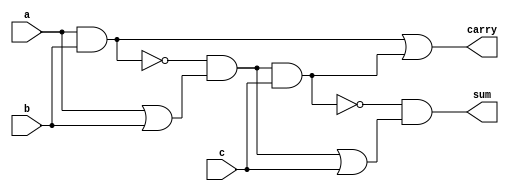
`timescale 1ns/1ns

module full_adder (a, b, c,carry,sum);
    input a;
    input b;
    input c;
    output sum;
    output carry;

    // Implement 9-gate Full Adder
    wire a_or_b, a_and_b, not_a_and_b, stage_1_op;
    wire cin_and_first, cin_or_first, not_cin_and_first;

    or (a_or_b, a, b);
    and (a_and_b, a, b);
    not (not_a_and_b, a_and_b);
    and (stage_1_op, not_a_and_b, a_or_b);

    or (cin_or_first, stage_1_op, c);
    and (cin_and_first, stage_1_op, c);
    not (not_cin_and_first, cin_and_first);
    and (sum, not_cin_and_first, cin_or_first);

    or (carry, a_and_b, cin_and_first);

endmodule

module half_adder (a, b, c, s);
    input a;
    input b;
    output s;
    output c; 

    wire a_and_b, a_or_b, not_a_and_b;

    or (a_or_b, a, b);
    and (a_and_b, a, b);
    not (not_a_and_b, a_and_b);
    and (s, not_a_and_b, a_or_b);

    and (c, a, b);

endmodule

module dadda_8(input [7:0]in1,input [7:0]in2, output [15:0]prod);

    wire [7:0] a0_p,a1_p,a2_p,a3_p,a4_p,a5_p,a6_p,a7_p;
    
    //stage 0 intermediate wires (6 rows)
    wire [14:0] s0_0;
    wire [12:0] s0_1;
    wire [10:0] s0_2;
    wire [8:0]  s0_3;
    wire [6:0]  s0_4;
    wire [5:0]  s0_5;

    //stage 1 intermediate wires (4 rows)
    wire [14:0] s1_0;
    wire [12:0] s1_1;
    wire [10:0] s1_2;
    wire [9:0] s1_3;

    //stage 2 intermediate wires (3 rows)
    wire [14:0] s2_0;
    wire [12:0] s2_1;
    wire [11:0] s2_2;
    //stage 3 intermediate wires (2 rows)
    wire [14:0] s3_0;
    wire [13:0] s3_1;

    //generate products
    assign a0_p= {in1[0]&in2[7],in1[0]&in2[6],in1[0]&in2[5],in1[0]&in2[4],in1[0]&in2[3],in1[0]&in2[2],in1[0]&in2[1],in1[0]&in2[0]};
    assign a1_p= {in1[1]&in2[7],in1[1]&in2[6],in1[1]&in2[5],in1[1]&in2[4],in1[1]&in2[3],in1[1]&in2[2],in1[1]&in2[1],in1[1]&in2[0]};
    assign a2_p= {in1[2]&in2[7],in1[2]&in2[6],in1[2]&in2[5],in1[2]&in2[4],in1[2]&in2[3],in1[2]&in2[2],in1[2]&in2[1],in1[2]&in2[0]};
    assign a3_p= {in1[3]&in2[7],in1[3]&in2[6],in1[3]&in2[5],in1[3]&in2[4],in1[3]&in2[3],in1[3]&in2[2],in1[3]&in2[1],in1[3]&in2[0]};
    assign a4_p= {in1[4]&in2[7],in1[4]&in2[6],in1[4]&in2[5],in1[4]&in2[4],in1[4]&in2[3],in1[4]&in2[2],in1[4]&in2[1],in1[4]&in2[0]};
    assign a5_p= {in1[5]&in2[7],in1[5]&in2[6],in1[5]&in2[5],in1[5]&in2[4],in1[5]&in2[3],in1[5]&in2[2],in1[5]&in2[1],in1[5]&in2[0]};
    assign a6_p= {in1[6]&in2[7],in1[6]&in2[6],in1[6]&in2[5],in1[6]&in2[4],in1[6]&in2[3],in1[6]&in2[2],in1[6]&in2[1],in1[6]&in2[0]};
    assign a7_p= {in1[7]&in2[7],in1[7]&in2[6],in1[7]&in2[5],in1[7]&in2[4],in1[7]&in2[3],in1[7]&in2[2],in1[7]&in2[1],in1[7]&in2[0]};
    
    //s0
    wire h00_c,h00_s, h01_c,h01_s, f00_c, f00_s, f01_c, f01_s, f02_c, f02_s;
    half_adder h00(.a(a0_p[6]),.b(a1_p[5]),.c(h00_c),.s(h00_s));
    half_adder h01(.a(a0_p[7]),.b(a1_p[6]),.c(h01_c),.s(h01_s));
    half_adder h02(.a(a4_p[4]),.b(a5_p[3]),.c(h02_c),.s(h02_s));

    full_adder f00(.a(a1_p[7]),.b(a2_p[6]),.c(a3_p[5]),.carry(f00_c),.sum(f00_s));
    full_adder f01(.a(a2_p[7]),.b(a3_p[6]),.c(a4_p[5]),.carry(f01_c),.sum(f01_s));
    full_adder f02(.a(a2_p[5]),.b(a3_p[4]),.c(a4_p[3]),.carry(f02_c),.sum(f02_s));

    assign s0_0= {a7_p[7],a6_p[7],a5_p[7],a4_p[7],a3_p[7],f01_s,f00_s,h01_s,h00_s,a0_p[5:0]};
    assign s0_1= {a7_p[6],a6_p[6],a5_p[6],f01_c,f00_c,h01_c,h00_c,a2_p[4],a1_p[4:0]};
    assign s0_2= {a7_p[5],a6_p[5],a4_p[6],a5_p[4],h02_s,f02_s,a3_p[3],a2_p[3:0]};
    assign s0_3= {a7_p[4],a5_p[5],h02_c,f02_c,a5_p[2],a4_p[2],a3_p[2:0]};
    assign s0_4= {a6_p[4:1],a5_p[1],a4_p[1:0]};
    assign s0_5= {a7_p[3:0],a6_p[0],a5_p[0]};

    //s1
    wire h10_c,h10_s,h11_c,h11_s,f10_c,f10_s,f11_c,f11_s,f12_c,f12_s,f13_c,f13_s,f14_c,f14_s,f15_c,f15_s,f16_c,f16_s;
    wire f17_c,f17_s,f18_c,f18_s,f19_c,f19_s,f1_10_c,f1_10_s,f1_11_c,f1_11_s;

    half_adder h10(.a(s0_0[4]),.b(s0_1[3]),.c(h10_c),.s(h10_s));
    half_adder h11(.a(s0_3[2]),.b(s0_4[1]),.c(h11_c),.s(h11_s));

    full_adder f10(.a(s0_0[5]),  .b(s0_1[4]), .c(s0_2[3]),.carry(f10_c),  .sum(f10_s));
    full_adder f11(.a(s0_0[6]),  .b(s0_1[5]), .c(s0_2[4]),.carry(f11_c),  .sum(f11_s));
    full_adder f12(.a(s0_0[7]),  .b(s0_1[6]), .c(s0_2[5]),.carry(f12_c),  .sum(f12_s));
    full_adder f13(.a(s0_0[8]),  .b(s0_1[7]), .c(s0_2[6]),.carry(f13_c),  .sum(f13_s));
    full_adder f14(.a(s0_0[9]),  .b(s0_1[8]), .c(s0_2[7]),.carry(f14_c),  .sum(f14_s));
    full_adder f15(.a(s0_0[10]), .b(s0_1[9]), .c(s0_2[8]),.carry(f15_c),  .sum(f15_s));
    full_adder f16(.a(s0_0[11]), .b(s0_1[10]),.c(s0_2[9]),.carry(f16_c),  .sum(f16_s));
    full_adder f17(.a(s0_3[3]),  .b(s0_4[2]), .c(s0_5[1]),.carry(f17_c),  .sum(f17_s));
    full_adder f18(.a(s0_3[4]),  .b(s0_4[3]), .c(s0_5[2]),.carry(f18_c),  .sum(f18_s));
    full_adder f19(.a(s0_3[5]),  .b(s0_4[4]), .c(s0_5[3]),.carry(f19_c),  .sum(f19_s));
    full_adder f1_10(.a(s0_3[6]),.b(s0_4[5]), .c(s0_5[4]),.carry(f1_10_c),.sum(f1_10_s));
    full_adder f1_11(.a(s0_3[7]),.b(s0_4[6]), .c(s0_5[5]),.carry(f1_11_c),.sum(f1_11_s));

    assign s1_0= {s0_0[14:12],f16_s,f15_s,f14_s,f13_s,f12_s,f11_s,f10_s,h10_s,s0_0[3:0]};
    assign s1_1= {s0_1[12],f16_c,f15_c,f14_c,f13_c,f12_c,f11_c,f10_c,h10_c,s0_2[2],s0_1[2:0]};
    assign s1_2= {s0_1[11],s0_3[8],f1_11_s,f1_10_s,f19_s,f18_s,f17_s,h11_s,s0_3[1],s0_2[1:0]};
    assign s1_3= {s0_2[10],f1_11_c,f1_10_c,f19_c,f18_c,f17_c,h11_c,s0_5[0],s0_4[0],s0_3[0]};
    
    //s2
    wire h20_c,h20_s,f20_c,f20_s,f21_c,f21_s,f22_c,f22_s,f23_c,f23_s,f24_c,f24_s,f25_c,f25_s,f26_c,f26_s;
    wire f27_c,f27_s,f28_c,f28_s;
    half_adder h20(.a(s1_0[3]),.b(s1_1[2]),.c(h20_c),.s(h20_s));

    full_adder f20(.a(s1_0[4]), .b(s1_1[3]), .c(s1_2[2]),.carry(f20_c),.sum(f20_s));
    full_adder f21(.a(s1_0[5]), .b(s1_1[4]), .c(s1_2[3]),.carry(f21_c),.sum(f21_s));
    full_adder f22(.a(s1_0[6]), .b(s1_1[5]), .c(s1_2[4]),.carry(f22_c),.sum(f22_s));
    full_adder f23(.a(s1_0[7]), .b(s1_1[6]), .c(s1_2[5]),.carry(f23_c),.sum(f23_s));
    full_adder f24(.a(s1_0[8]), .b(s1_1[7]), .c(s1_2[6]),.carry(f24_c),.sum(f24_s));
    full_adder f25(.a(s1_0[9]), .b(s1_1[8]), .c(s1_2[7]),.carry(f25_c),.sum(f25_s));
    full_adder f26(.a(s1_0[10]),.b(s1_1[9]), .c(s1_2[8]),.carry(f26_c),.sum(f26_s));
    full_adder f27(.a(s1_0[11]),.b(s1_1[10]),.c(s1_2[9]),.carry(f27_c),.sum(f27_s));
    full_adder f28(.a(s1_0[12]),.b(s1_1[11]),.c(s1_2[10]),.carry(f28_c),.sum(f28_s));

    assign s2_0={s1_0[14:13],f28_s,f27_s,f26_s,f25_s,f24_s,f23_s,f22_s,f21_s,f20_s,h20_s,s1_0[2:0]};
    assign s2_1={f28_c,f27_c,f26_c,f25_c,f24_c,f23_c,f22_c,f21_c,f20_c,h20_c,s1_2[1],s1_1[1:0]};
    assign s2_2={s1_1[12],s1_3[9:0],s1_2[0]};
    
    //s3
    wire h30_c,h30_s,f30_c,f30_s,f31_c,f31_s,f32_c,f32_s,f33_c,f33_s;
    wire f34_c,f34_s,f35_c,f35_s,f36_c,f36_s,f37_c,f37_s,f38_c,f38_s,f39_c,f39_s,f3_10_c,f3_10_s;
    half_adder h30(.a(s2_0[2]),.b(s2_1[1]),.c(h30_c),.s(h30_s));

    full_adder f30  (.a(s2_0[3]),  .b(s2_1[2]),  .c(s2_2[1]),.carry(f30_c),.sum(f30_s));
    full_adder f31  (.a(s2_0[4]),  .b(s2_1[3]),  .c(s2_2[2]),.carry(f31_c),.sum(f31_s));
    full_adder f32  (.a(s2_0[5]),  .b(s2_1[4]),  .c(s2_2[3]),.carry(f32_c),.sum(f32_s));
    full_adder f33  (.a(s2_0[6]),  .b(s2_1[5]),  .c(s2_2[4]),.carry(f33_c),.sum(f33_s));
    full_adder f34  (.a(s2_0[7]),  .b(s2_1[6]),  .c(s2_2[5]),.carry(f34_c),.sum(f34_s));
    full_adder f35  (.a(s2_0[8]),  .b(s2_1[7]),  .c(s2_2[6]),.carry(f35_c),.sum(f35_s));
    full_adder f36  (.a(s2_0[9]),  .b(s2_1[8]),  .c(s2_2[7]),.carry(f36_c),.sum(f36_s));
    full_adder f37  (.a(s2_0[10]), .b(s2_1[9]),  .c(s2_2[8]),.carry(f37_c),.sum(f37_s));
    full_adder f38  (.a(s2_0[11]), .b(s2_1[10]), .c(s2_2[9]),.carry(f38_c),.sum(f38_s));
    full_adder f39  (.a(s2_0[12]), .b(s2_1[11]), .c(s2_2[10]),.carry(f39_c),.sum(f39_s));
    full_adder f3_10(.a(s2_0[13]), .b(s2_1[12]), .c(s2_2[11]),.carry(f3_10_c),.sum(f3_10_s));
    
    assign s3_0={s2_0[14],f3_10_s,f39_s,f38_s,f37_s,f36_s,f35_s,f34_s,f33_s,f32_s,f31_s,f30_s,h30_s,s2_0[1:0]};
    assign s3_1={f3_10_c,f39_c,f38_c,f37_c,f36_c,f35_c,f34_c,f33_c,f32_c,f31_c,f30_c,h30_c,s2_2[0],s2_1[0]};

    //14 bit carry propogate adder
    
    wire rca_cin, cout_rca_1,cout_rca_2,cout_rca_3,cout_rca_4,cout_rca_5,cout_rca_6,cout_rca_7,cout_rca_8,cout_rca_9;
    wire cout_rca_10,cout_rca_11,cout_rca_12,cout_rca_13,sum_rca_0,sum_rca_1,sum_rca_2,sum_rca_3,sum_rca_4;
    wire sum_rca_10,sum_rca_11,sum_rca_12,sum_rca_13;
    wire [13:0] rca_inp1, rca_inp2;
    assign rca_inp1= s3_0[14:1];
    assign rca_inp2= s3_1;
    assign rca_cin=0;

    full_adder rca_0  (rca_inp1[0],  rca_inp2[0],   rca_cin,cout_rca_0,sum_rca_0);
    full_adder rca_1  (rca_inp1[1],  rca_inp2[1],  cout_rca_0,cout_rca_1,sum_rca_1);
    full_adder rca_2  (rca_inp1[2],  rca_inp2[2],  cout_rca_1,cout_rca_2,sum_rca_2);
    full_adder rca_3  (rca_inp1[3],  rca_inp2[3],  cout_rca_2,cout_rca_3,sum_rca_3);
    full_adder rca_4  (rca_inp1[4],  rca_inp2[4],  cout_rca_3,cout_rca_4,sum_rca_4);
    full_adder rca_5  (rca_inp1[5],  rca_inp2[5],  cout_rca_4,cout_rca_5,sum_rca_5);
    full_adder rca_6  (rca_inp1[6],  rca_inp2[6],  cout_rca_5,cout_rca_6,sum_rca_6);
    full_adder rca_7  (rca_inp1[7],  rca_inp2[7],  cout_rca_6,cout_rca_7,sum_rca_7);
    full_adder rca_8  (rca_inp1[8],  rca_inp2[8],  cout_rca_7,cout_rca_8,sum_rca_8);
    full_adder rca_9  (rca_inp1[9],  rca_inp2[9],  cout_rca_8,cout_rca_9,sum_rca_9);
    full_adder rca_10 (rca_inp1[10], rca_inp2[10], cout_rca_9,  cout_rca_10, sum_rca_10);
    full_adder rca_11 (rca_inp1[11], rca_inp2[11], cout_rca_10, cout_rca_11, sum_rca_11);
    full_adder rca_12 (rca_inp1[12], rca_inp2[12], cout_rca_11, cout_rca_12, sum_rca_12);
    full_adder rca_13 (rca_inp1[13], rca_inp2[13], cout_rca_12, cout_rca_13, sum_rca_13);
    
 
    assign prod = {cout_rca_13,sum_rca_13,sum_rca_12,sum_rca_11,sum_rca_10,sum_rca_9,sum_rca_8,sum_rca_7,sum_rca_6,sum_rca_5,sum_rca_4,sum_rca_3,sum_rca_2,sum_rca_1,sum_rca_0,s3_0[0]};
endmodule